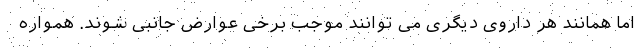
اما همانند هر داروی دیگری می توانند موجب برخی عوارض جانبی شوند. همواره